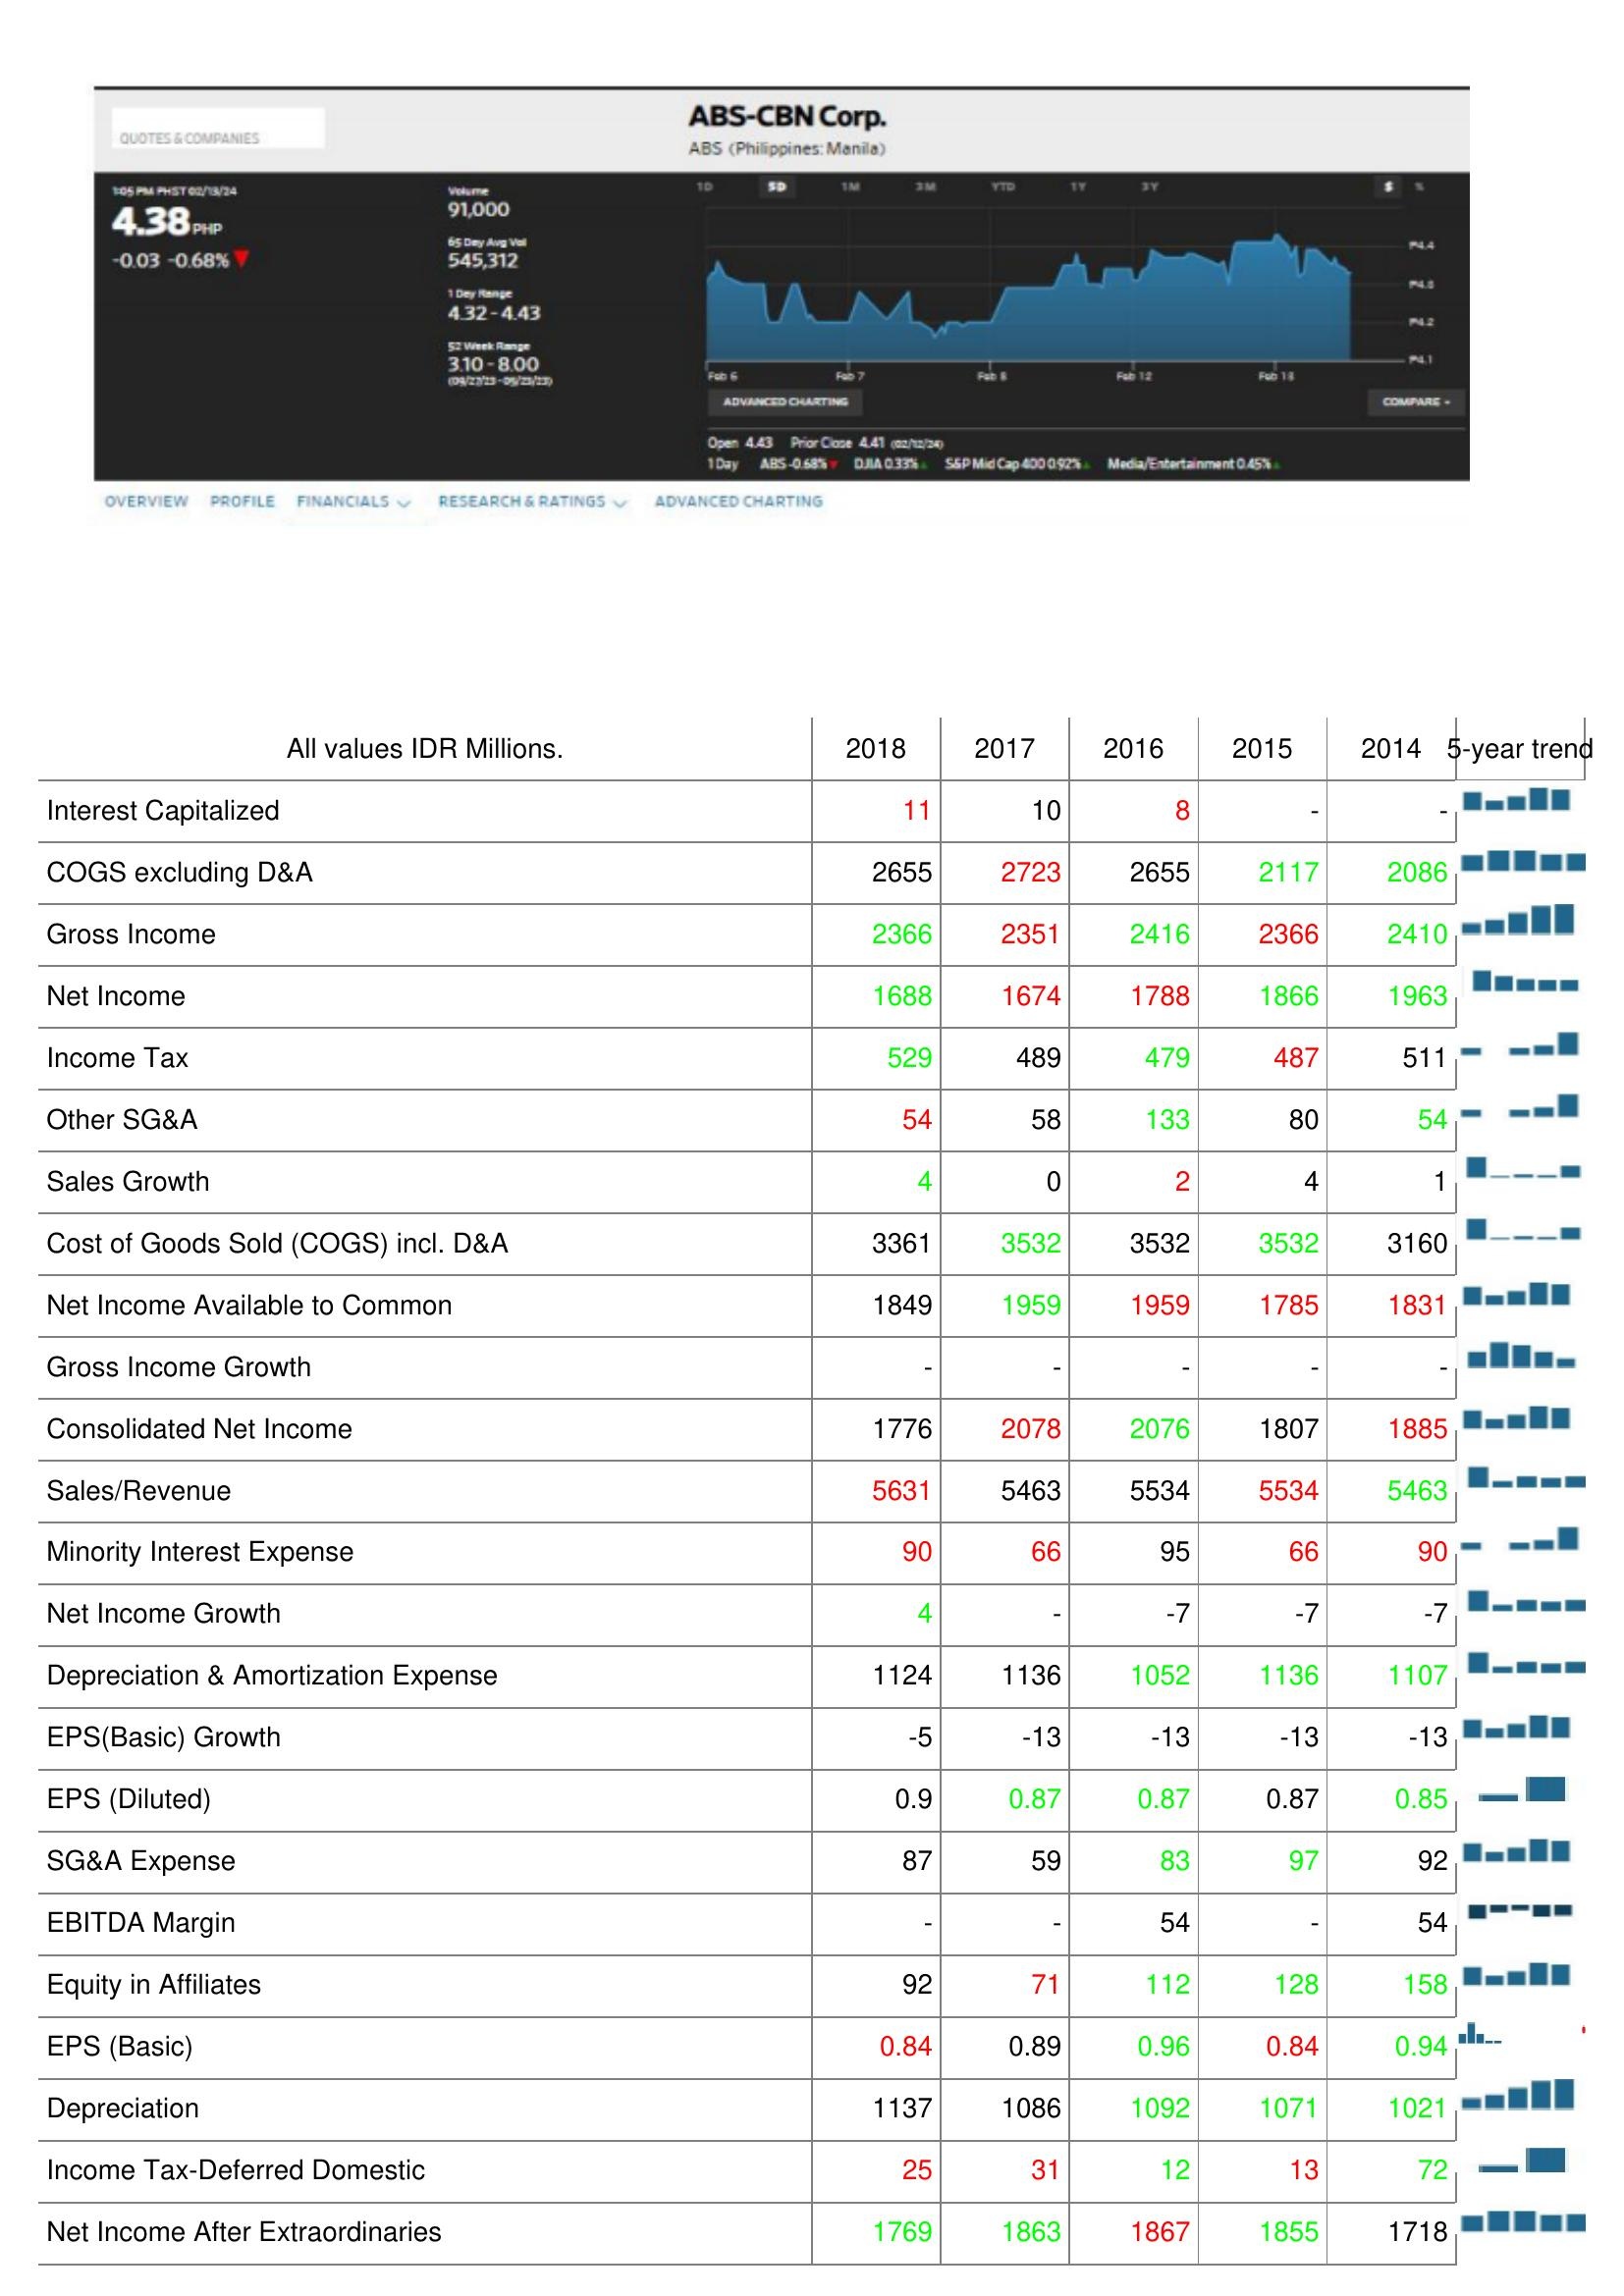
2018: : Interest Capitalized: 11
COGS excluding D&A: 2655
Gross Income: 2366
Net Income: 1688
Income Tax: 529
Other SG&A: 54
Sales Growth: 4
Cost of Goods Sold (COGS) incl. D&A: 3361
Net Income Available to Common: 1849
Gross Income Growth: -
Consolidated Net Income: 1776
Sales/Revenue: 5631
Minority Interest Expense: 90
Net Income Growth: 4
Depreciation & Amortization Expense: 1124
EPS(Basic) Growth: -5
EPS (Diluted): 0.9
SG&A Expense: 87
EBITDA Margin: -
Equity in Affiliates: 92
EPS (Basic): 0.84
Depreciation: 1137
Income Tax-Deferred Domestic: 25
Net Income After Extraordinaries: 1769
2017: : Interest Capitalized: 10
COGS excluding D&A: 2723
Gross Income: 2351
Net Income: 1674
Income Tax: 489
Other SG&A: 58
Sales Growth: 0
Cost of Goods Sold (COGS) incl. D&A: 3532
Net Income Available to Common: 1959
Gross Income Growth: -
Consolidated Net Income: 2078
Sales/Revenue: 5463
Minority Interest Expense: 66
Net Income Growth: -
Depreciation & Amortization Expense: 1136
EPS(Basic) Growth: -13
EPS (Diluted): 0.87
SG&A Expense: 59
EBITDA Margin: -
Equity in Affiliates: 71
EPS (Basic): 0.89
Depreciation: 1086
Income Tax-Deferred Domestic: 31
Net Income After Extraordinaries: 1863
2016: : Interest Capitalized: 8
COGS excluding D&A: 2655
Gross Income: 2416
Net Income: 1788
Income Tax: 479
Other SG&A: 133
Sales Growth: 2
Cost of Goods Sold (COGS) incl. D&A: 3532
Net Income Available to Common: 1959
Gross Income Growth: -
Consolidated Net Income: 2076
Sales/Revenue: 5534
Minority Interest Expense: 95
Net Income Growth: -7
Depreciation & Amortization Expense: 1052
EPS(Basic) Growth: -13
EPS (Diluted): 0.87
SG&A Expense: 83
EBITDA Margin: 54
Equity in Affiliates: 112
EPS (Basic): 0.96
Depreciation: 1092
Income Tax-Deferred Domestic: 12
Net Income After Extraordinaries: 1867
2015: : Interest Capitalized: -
COGS excluding D&A: 2117
Gross Income: 2366
Net Income: 1866
Income Tax: 487
Other SG&A: 80
Sales Growth: 4
Cost of Goods Sold (COGS) incl. D&A: 3532
Net Income Available to Common: 1785
Gross Income Growth: -
Consolidated Net Income: 1807
Sales/Revenue: 5534
Minority Interest Expense: 66
Net Income Growth: -7
Depreciation & Amortization Expense: 1136
EPS(Basic) Growth: -13
EPS (Diluted): 0.87
SG&A Expense: 97
EBITDA Margin: -
Equity in Affiliates: 128
EPS (Basic): 0.84
Depreciation: 1071
Income Tax-Deferred Domestic: 13
Net Income After Extraordinaries: 1855
2014: : Interest Capitalized: -
COGS excluding D&A: 2086
Gross Income: 2410
Net Income: 1963
Income Tax: 511
Other SG&A: 54
Sales Growth: 1
Cost of Goods Sold (COGS) incl. D&A: 3160
Net Income Available to Common: 1831
Gross Income Growth: -
Consolidated Net Income: 1885
Sales/Revenue: 5463
Minority Interest Expense: 90
Net Income Growth: -7
Depreciation & Amortization Expense: 1107
EPS(Basic) Growth: -13
EPS (Diluted): 0.85
SG&A Expense: 92
EBITDA Margin: 54
Equity in Affiliates: 158
EPS (Basic): 0.94
Depreciation: 1021
Income Tax-Deferred Domestic: 72
Net Income After Extraordinaries: 1718